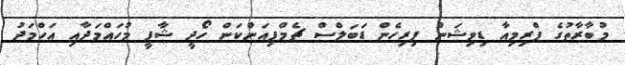
މުބާރާތުގެ ޕްރިމިއާ ޑިވިޝަން ފިރިހެން ޑަބަލްސް ޗެމްޕިއަންކަން ހޯދީ ޝާފީ މުހައްމަދާއި އަހްމަދު